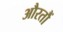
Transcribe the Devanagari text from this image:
औरतौं